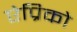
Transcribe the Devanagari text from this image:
ऐप्रिको